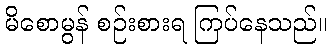
မိစောမွန် စဉ်းစားရ ကြပ်နေသည်။